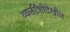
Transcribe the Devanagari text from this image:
व्यक्तींशीदेखील